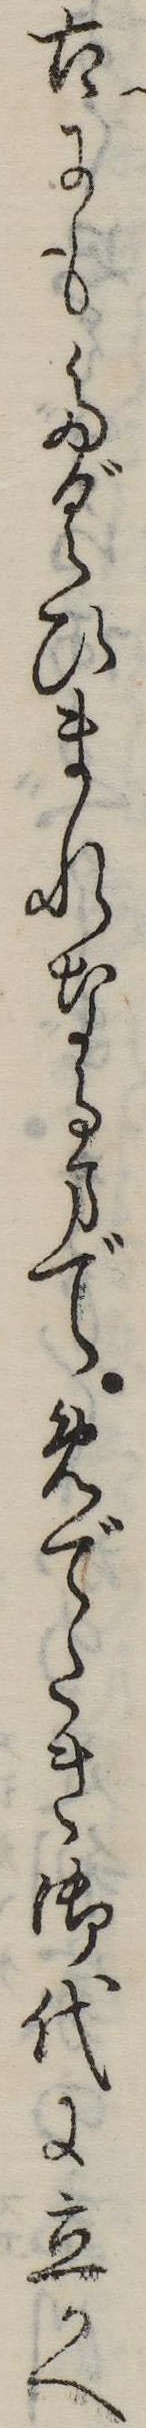
古にもたぐひまれなるまでめでたき御代に立かへ